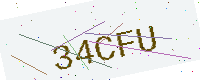
Text: 34CFU